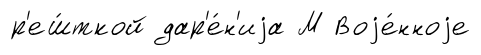
р'еш́ткой дар'е́н'иjа М Воjе́нноjе